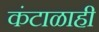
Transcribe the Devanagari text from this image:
कंटाळाही